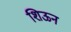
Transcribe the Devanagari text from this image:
शिऊन